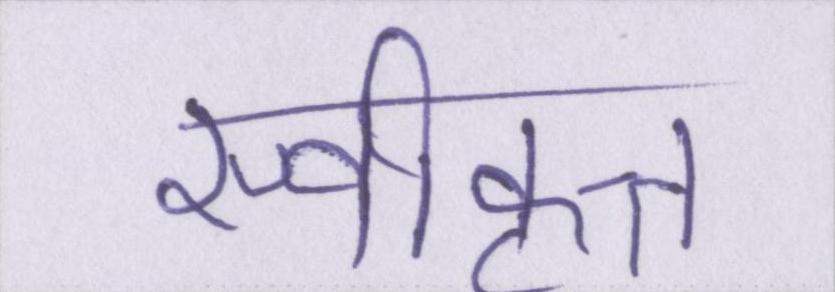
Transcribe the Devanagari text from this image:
स्वीकृत्त